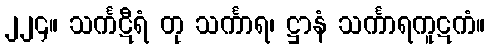
၂၂၄။ သင်္ကဋီရံ တု သင်္ကာရ၊ ဋ္ဌာနံ သင်္ကာရကူဋကံ။